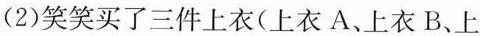
(2)笑笑买了三件上衣(上衣A、上衣B、上